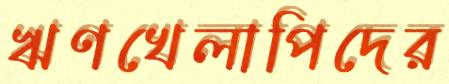
ঋণখেলাপিদের